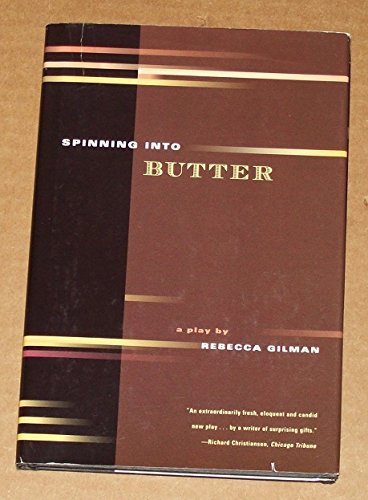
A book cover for Spinning Into Butter, A Play; Rebecca Gilman; Crafts, Hobbies & Home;